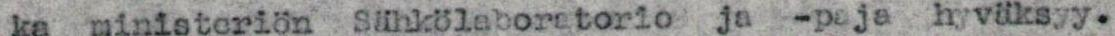
ka ministeriön Sähkölaboratorio ja -paja hyväksyy.